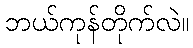
ဘယ်ကုန်တိုက်လဲ။